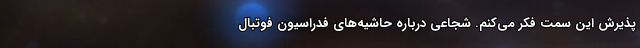
پذیرش این سمت فکر می‌کنم. شجاعی درباره حاشیه‌های فدراسیون فوتبال